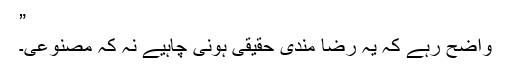
”
واضح رہے کہ یہ رضا مندی حقیقی ہونی چاہیے نہ کہ مصنوعی۔